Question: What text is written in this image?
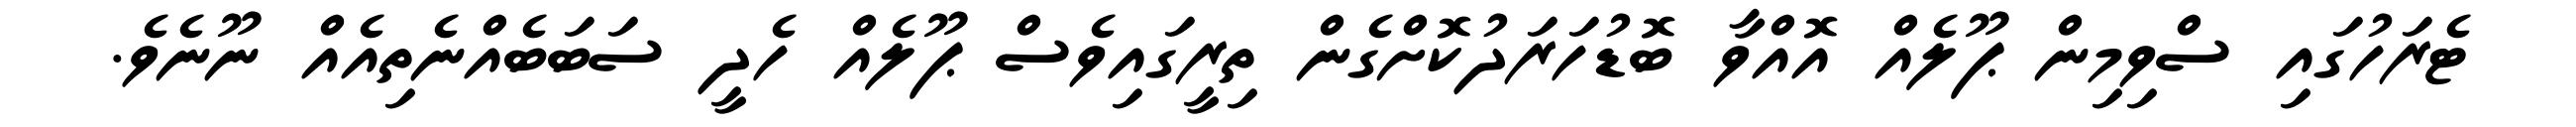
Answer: ޓެރަހުގައި ސްވިމިން ޕޫލެއް އޮއްވާ ބޮޑުހަރަދުކޮށްގެން ތިރީގައިވެސް ޕޫލެއް ހެދީ ސަބަބެއްނެތިއެއް ނޫނެވެ.